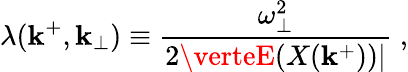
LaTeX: \lambda(\mathbf{k}^{+},\mathbf{k}_{\bot})\equiv{\frac{{\omega_{\bot}^{2}}}{{2\verteE(X(\mathbf{k}^{+}))\vert}}}\; ,